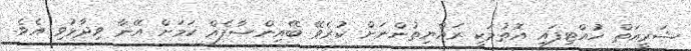
ޝަރީއަތް ހުއްޓިފައި އޮތުމަކީ ރައްޔިތުންނަށް ކުރެވޭ ބޭއިންސާފެއް ކަމަށް އޭނާ ވިދާޅުވި އެވެ.